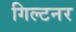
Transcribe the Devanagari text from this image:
गिल्टनर